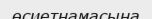
өсиетнамасына